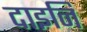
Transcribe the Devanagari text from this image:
दाइनि